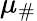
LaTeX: \mu_{\# }